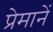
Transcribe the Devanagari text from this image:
प्रेमानें